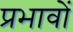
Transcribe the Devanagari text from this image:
प्रभावोें